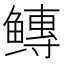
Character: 𱈐